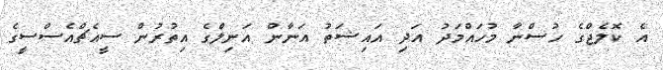
އެ ކޮލެޖްގެ ހުސްނާ މުހައްމަދު އަދި އައިޝަތު އަނާން އަނިލްގެ އިތުރުން ސީއެޗްއެސްސީގެ